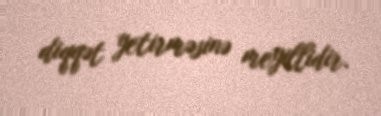
diqqət yetirməsinə meyillidir.